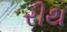
રીથ